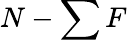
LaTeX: N-\sum F